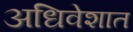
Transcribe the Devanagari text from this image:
अधिवेशात